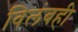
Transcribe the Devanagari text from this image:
विलंबही